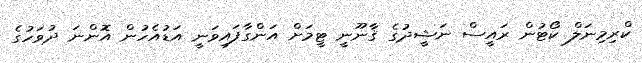
ކްރިމިނަލް ކޯޓުން ރައީސް ނަޝީދުގެ ޤާނޫނީ ޓީމަށް އަންގާފައިވަނީ އަޑުއެހުން އޮންނަ ދުވަހުގެ